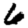
Digit: 6